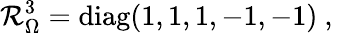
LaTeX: \mathcal{R}_{\Omega}^{3}=\mathrm{{diag}}(1,1,1,-1,-1)~,~\,